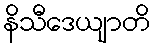
နိသီဒေယျာတိ